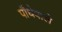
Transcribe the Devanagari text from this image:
पौधेवाले